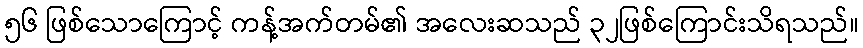
၅၆ ဖြစ်သောကြောင့် ကန့်အက်တမ်၏ အလေးဆသည် ၃၂ဖြစ်ကြောင်းသိရသည်။